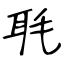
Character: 毦